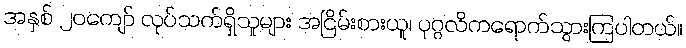
အနှစ် ၂၀ကျော် လုပ်သက်ရှိသူများ အငြိမ်းစားယူ၊ ပုဂ္ဂလိကရောက်သွားကြပါတယ်။